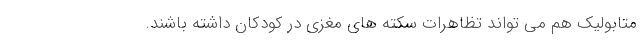
متابولیک هم می تواند تظاهرات سکته های مغزی در کودکان داشته باشند.